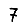
Digit: 7